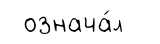
означа́л